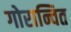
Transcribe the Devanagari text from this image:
गोरान्वित